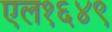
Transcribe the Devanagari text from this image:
एल१६४९